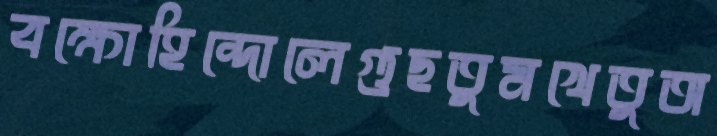
বক্ষোহিন্দোলেগুছতুমখেতুঅ